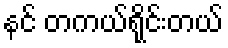
နင် တကယ်ရိုင်းတယ်